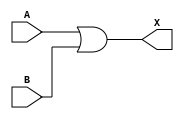
`timescale 1ps/1ps
module cell_or2
(
    input wire A,
    input wire B,
    output wire X
);
    assign X = A | B;
endmodule